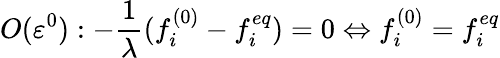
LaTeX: O(\varepsilon^{0}):-\frac{1}{\lambda}(f_{i}^{(0)}-f_{i}^{eq})=0\Leftrightarrow f_{i}^{(0)}=f_{i}^{eq}